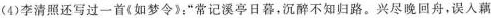
(4)李清照还写过一首《如梦令》:”常记溪亭日暮，沉醉不知归路。兴尽晚回舟，误入藕